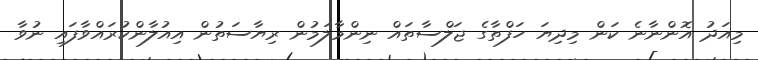
މިއަދު އޮންނާނެ ކަން މިދިޔަ ހަފްތާގެ ޖަލްސާތައް ނިންމާލަމުން ރިޔާސަތުން އިއުލާންކުރައްވާފައި ނުވާ